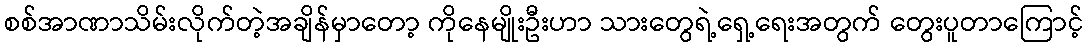
စစ်အာဏာသိမ်းလိုက်တဲ့အချိန်မှာတော့ ကိုနေမျိုးဦးဟာ သားတွေရဲ့ရှေ့ရေးအတွက် တွေးပူတာကြောင့်